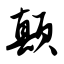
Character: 颠